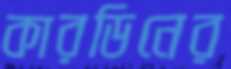
কারডিনের